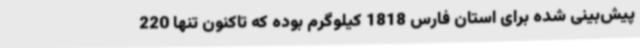
پیش‌بینی شده برای استان فارس 1818 کیلوگرم بوده که تاکنون تنها 220